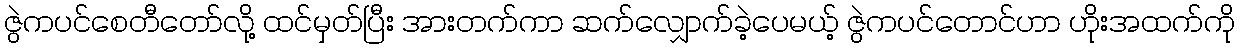
ဇွဲကပင်စေတီတော်လို့ ထင်မှတ်ပြီး အားတက်ကာ ဆက်လျှောက်ခဲ့ပေမယ့် ဇွဲကပင်တောင်ဟာ ဟိုးအထက်ကို